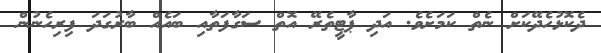
ދެކޮޅުހެދޭކަށް ނެތް ކަމަށެވެ. އަދި ޕާޓީތެރޭ އޮތް ސަގާފަތާއި ބައެއް ބާރުގަދަ ފިރިހެނުން